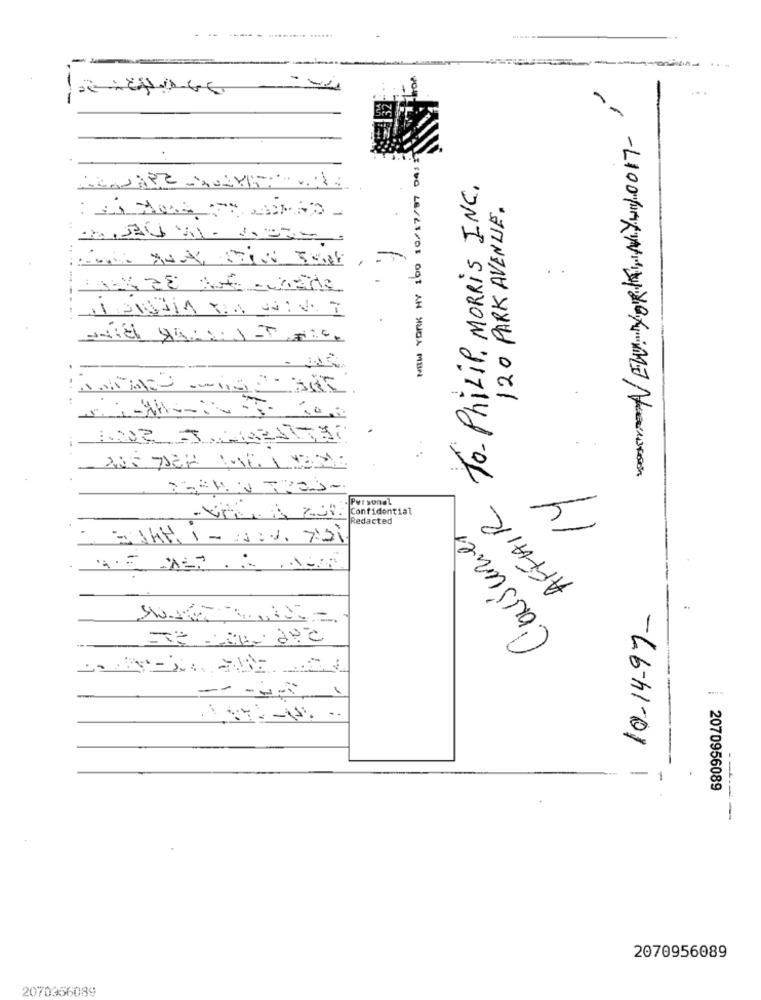
--
roa
...
NOOKY/ NEW YORK,NYWY 0017-
NEW YORK NY 100 10/17/97 04
To Philip MORRIS INC.
120 PARK AVENUE.
. ..
. .
Personal
AFFAIR
Confidential
Redacted
Consumer
10-14-97-
----
-
-
2070956089
2070956089
2070366089